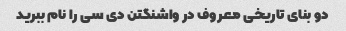
دو بنای تاریخی معروف در واشنگتن دی سی را نام ببرید